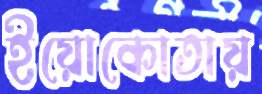
ইয়োকোতায়